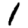
Digit: 1